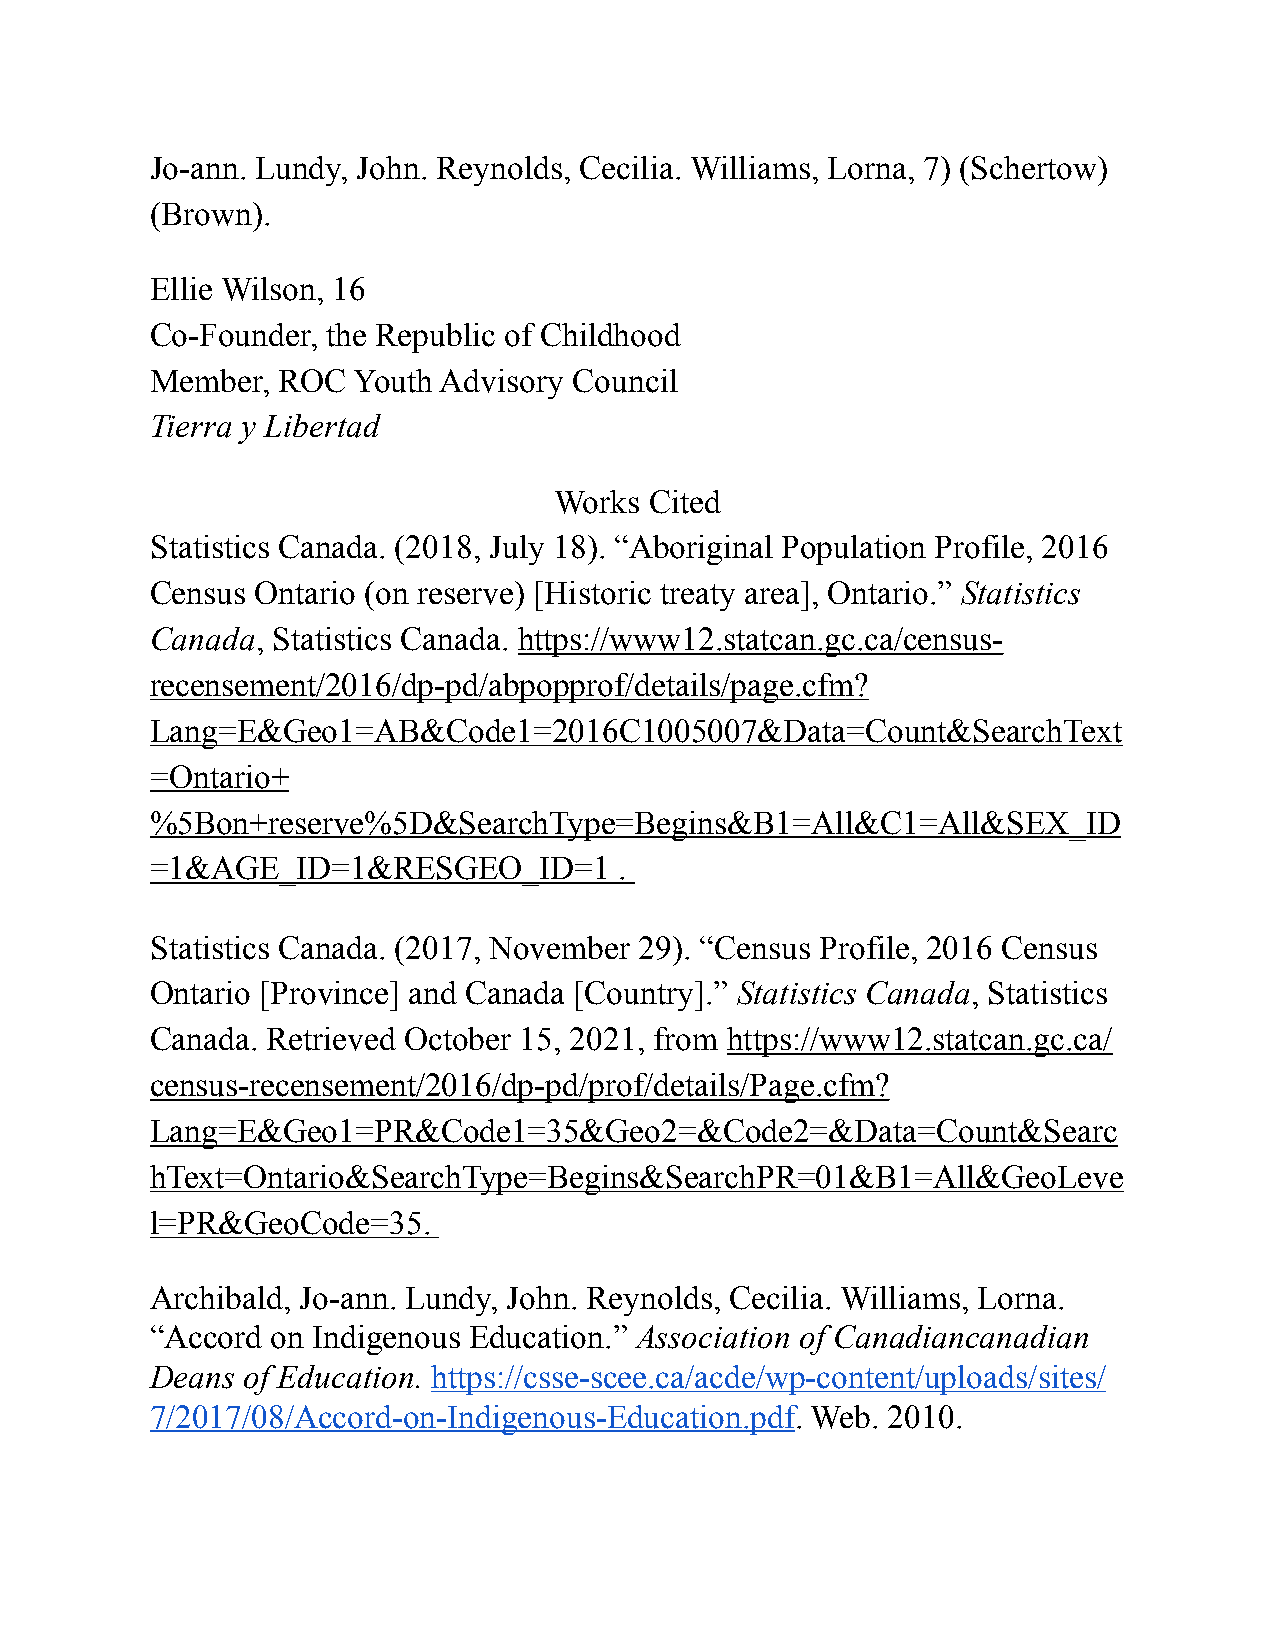
Jo-ann. Lundy, John. Reynolds, Cecilia. Williams, Lorna, 7) (Schertow)
 (Brown).
 Ellie Wilson, 16
 Co-Founder, the Republic of Childhood
 Member, ROC  Youth Advisory Council
 Tierra y Libertad
 Works Cited
 Statistics Canada. (2018, July 18). “Aboriginal Population Profile, 2016
 Census Ontario (on reserve) [Historic treaty area], Ontario.” Statistics
 Canada, Statistics Canada. https://www12.statcan.gc.ca/census-
 recensement/2016/dp-pd/abpopprof/details/page.cfm?
 Lang=E&Geo1=AB&Code1=2016C1005007&Data=Count&SearchText
 =Ontario+
 %5Bon+reserve%5D&SearchType=Begins&B1=All&C1=All&SEX_ID
 =1&AGE_ID=1&RESGEO_ID=1        .
 Statistics Canada. (2017, November 29). “Census Profile, 2016 Census
 Ontario [Province] and Canada [Country].” Statistics Canada, Statistics
 Canada. Retrieved October 15, 2021, from https://www12.statcan.gc.ca/
 census-recensement/2016/dp-pd/prof/details/Page.cfm?
 Lang=E&Geo1=PR&Code1=35&Geo2=&Code2=&Data=Count&Searc
 hText=Ontario&SearchType=Begins&SearchPR=01&B1=All&GeoLeve
 l=PR&GeoCode=35.
 Archibald, Jo-ann. Lundy, John. Reynolds, Cecilia. Williams, Lorna.
 “Accord on Indigenous Education.” Association of Canadiancanadian
 Deans of Education. https://csse-scee.ca/acde/wp-content/uploads/sites/
 7/2017/08/Accord-on-Indigenous-Education.pdf. Web. 2010.